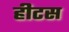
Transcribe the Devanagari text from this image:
हीटस